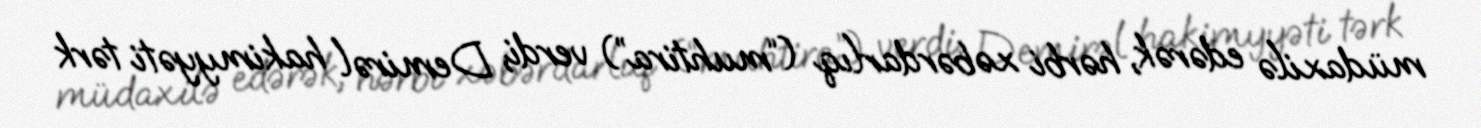
müdaxilə edərək, hərbi xəbərdarlıq (“muhtira”) verdi, Demirəl hakimyyəti tərk